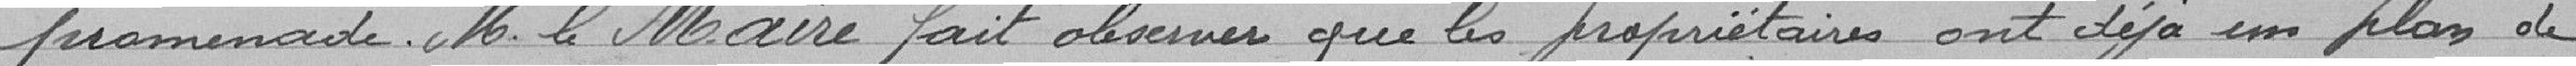
promenade. Monsieur le maire fait observer que les propriétaires ont déjà un plan de